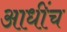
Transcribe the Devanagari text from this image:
आधींच